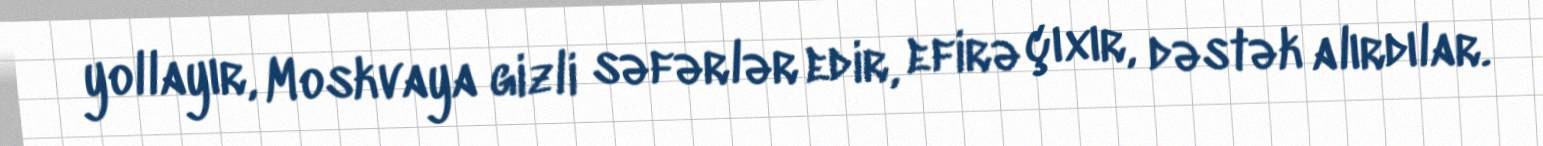
yollayır, Moskvaya gizli səfərlər edir, efirə çıxır, dəstək alırdılar.